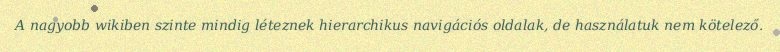
A nagyobb wikiben szinte mindig léteznek hierarchikus navigációs oldalak, de használatuk nem kötelező.